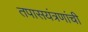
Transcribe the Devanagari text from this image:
तपासयंत्रणांची